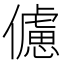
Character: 儢